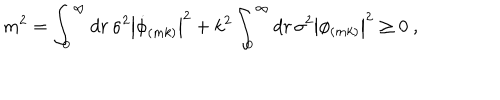
m ^ { 2 } = \int _ { 0 } ^ { \infty } d r \, \sigma ^ { 2 } \left| \dot { \phi } _ { ( m k ) } \right| ^ { 2 } + k ^ { 2 } \int _ { 0 } ^ { \infty } d r \, \sigma ^ { 2 } \left| \phi _ { ( m k ) } \right| ^ { 2 } \ge 0 ~ ,